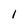
Character: 1